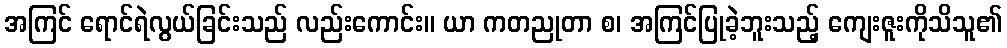
အကြင် ရောင်ရဲလွယ်ခြင်းသည် လည်းကောင်း။ ယာ ကတညုတာ စ၊ အကြင်ပြုခဲ့ဘူးသည့် ကျေးဇူးကိုသိသူ၏